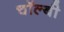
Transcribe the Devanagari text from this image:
चॉल्बी